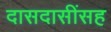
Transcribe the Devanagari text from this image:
दासदासींसह